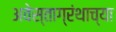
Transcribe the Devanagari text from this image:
अवेस्ताग्रंथाच्या